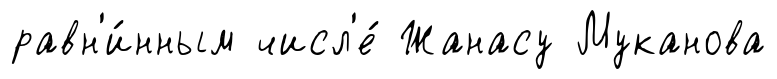
равн'и́нным числ'е́ Жанасу Муканова